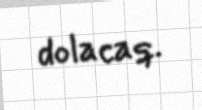
dolacaq.